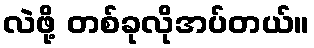
လဲဖို့ တစ်ခုလိုအပ်တယ်။